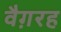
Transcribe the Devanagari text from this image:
वैग़रह